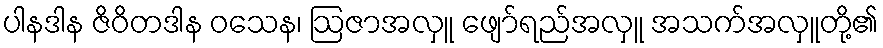
ပါနဒါန ဇိဝိတဒါန ဝသေန၊ ဩဇာအလှူ ဖျော်ရည်အလှူ အသက်အလှူတို့၏